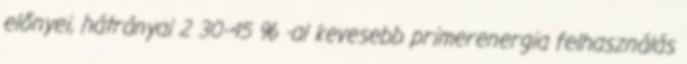
előnyei, hátrányai 2 30-45 % -al kevesebb primerenergia felhasználás